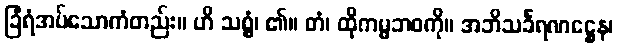
ခြံရံအပ်သောကံတည်း။ ဟိ သစ္စွံ၊ ၏။ တံ၊ ထိုကမ္မဘဝကို။ အဘိသင်္ခရဏဋ္ဌေန၊